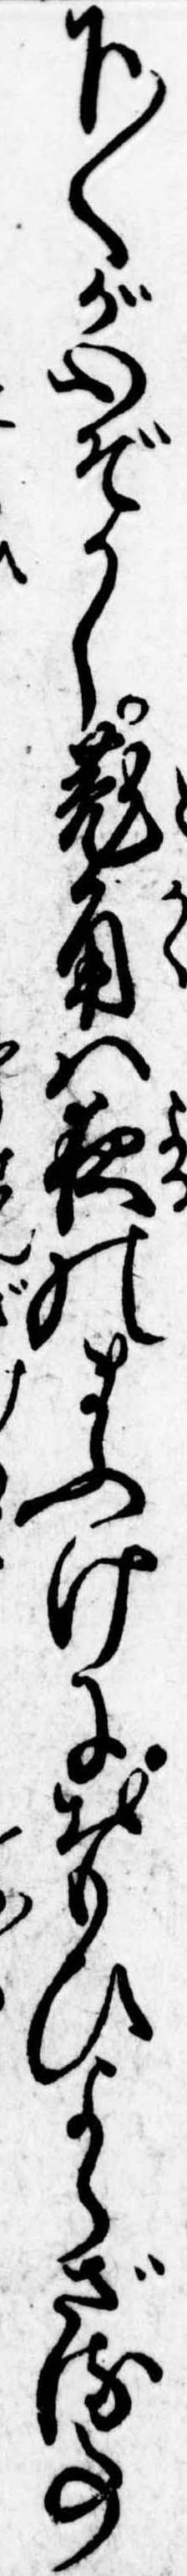
下〱が心ぞかし菟角は夜のまふけにおもひよらざる事